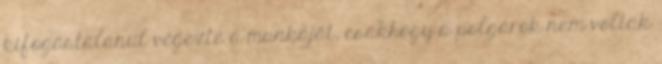
kifogástalanul végezte a munkáját, csakhogy a polgárok nem voltak